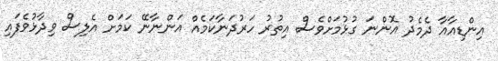
އިންޑިއާއާ ދެމެދު އޮންނަ ގުޅުމަށްވެސް އިތުރު ހަރުދަނާކަމެއް އަންނާނޭ ކަމަށް އެލިސް ވިދާޅުވެފައި